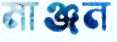
মাঞ্জন